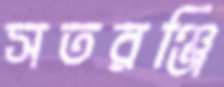
সতরঞ্জি